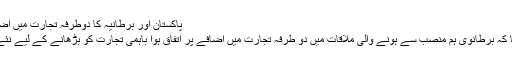
پاکستان اور برطانیہ کا دوطرفہ تجارت میں اضافے پراتفاق - تسنیم نیوز ایجنسی
وزیر تجارت پرویز ملک نے کہا کہ برطانوی ہم منصب سے ہونے والی ملاقات میں دو طرفہ تجارت میں اضافے پر اتفاق ہوا باہمی تجارت کو بڑھانے کے لیے نئے مواقع کی تلاش پر زور دیا گیا۔